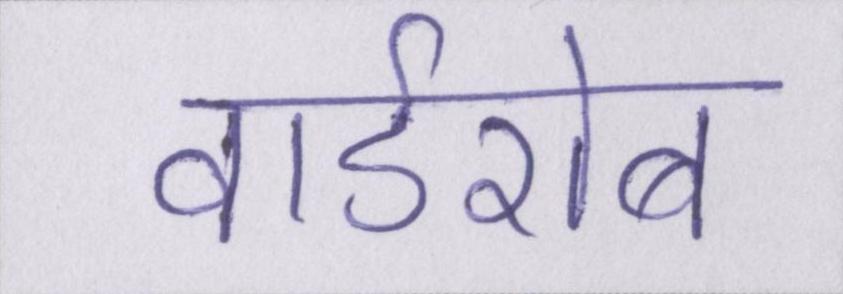
वार्डरोब